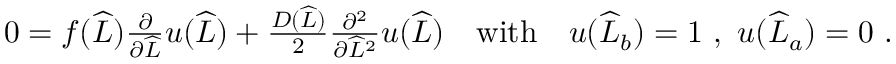
\begin{array} { r } { 0 = f ( \widehat { L } ) \frac { \partial } { \partial \widehat { L } } u ( \widehat { L } ) + \frac { D ( \widehat { L } ) } { 2 } \frac { \partial ^ { 2 } } { \partial \widehat { L } ^ { 2 } } u ( \widehat { L } ) \quad \mathrm { w i t h } \quad u ( \widehat { L } _ { b } ) = 1 \ , \ u ( \widehat { L } _ { a } ) = 0 \ . } \end{array}